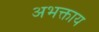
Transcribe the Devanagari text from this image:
अभक्ताय